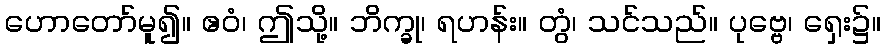
ဟောတော်မူ၍။ ဧဝံ၊ ဤသို့။ ဘိက္ခု၊ ရဟန်း။ တွံ၊ သင်သည်။ ပုဗ္ဗေ၊ ရှေး၌။